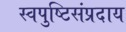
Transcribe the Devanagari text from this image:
स्वपुष्टिसंप्रदाय